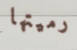
رميتها